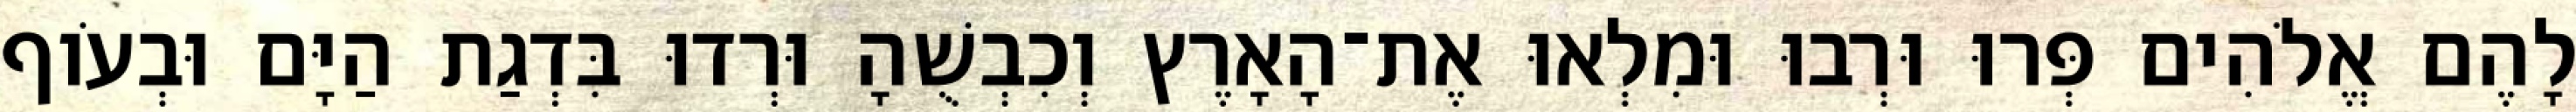
לָהֶם אֱלֹהִים פְּרוּ וּרְבוּ וּמִלְאוּ אֶת־הָאָרֶץ וְכִבְשֻׁהָ וּרְדוּ בִּדְגַת הַיָּם וּבְעֹוף